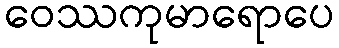
ဝေဿကုမာရောပေ